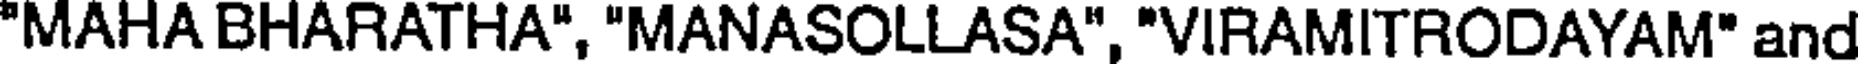
"MAHA BHARATHA", "MANASOLLASA", "VIRAMITRODAYAM" and